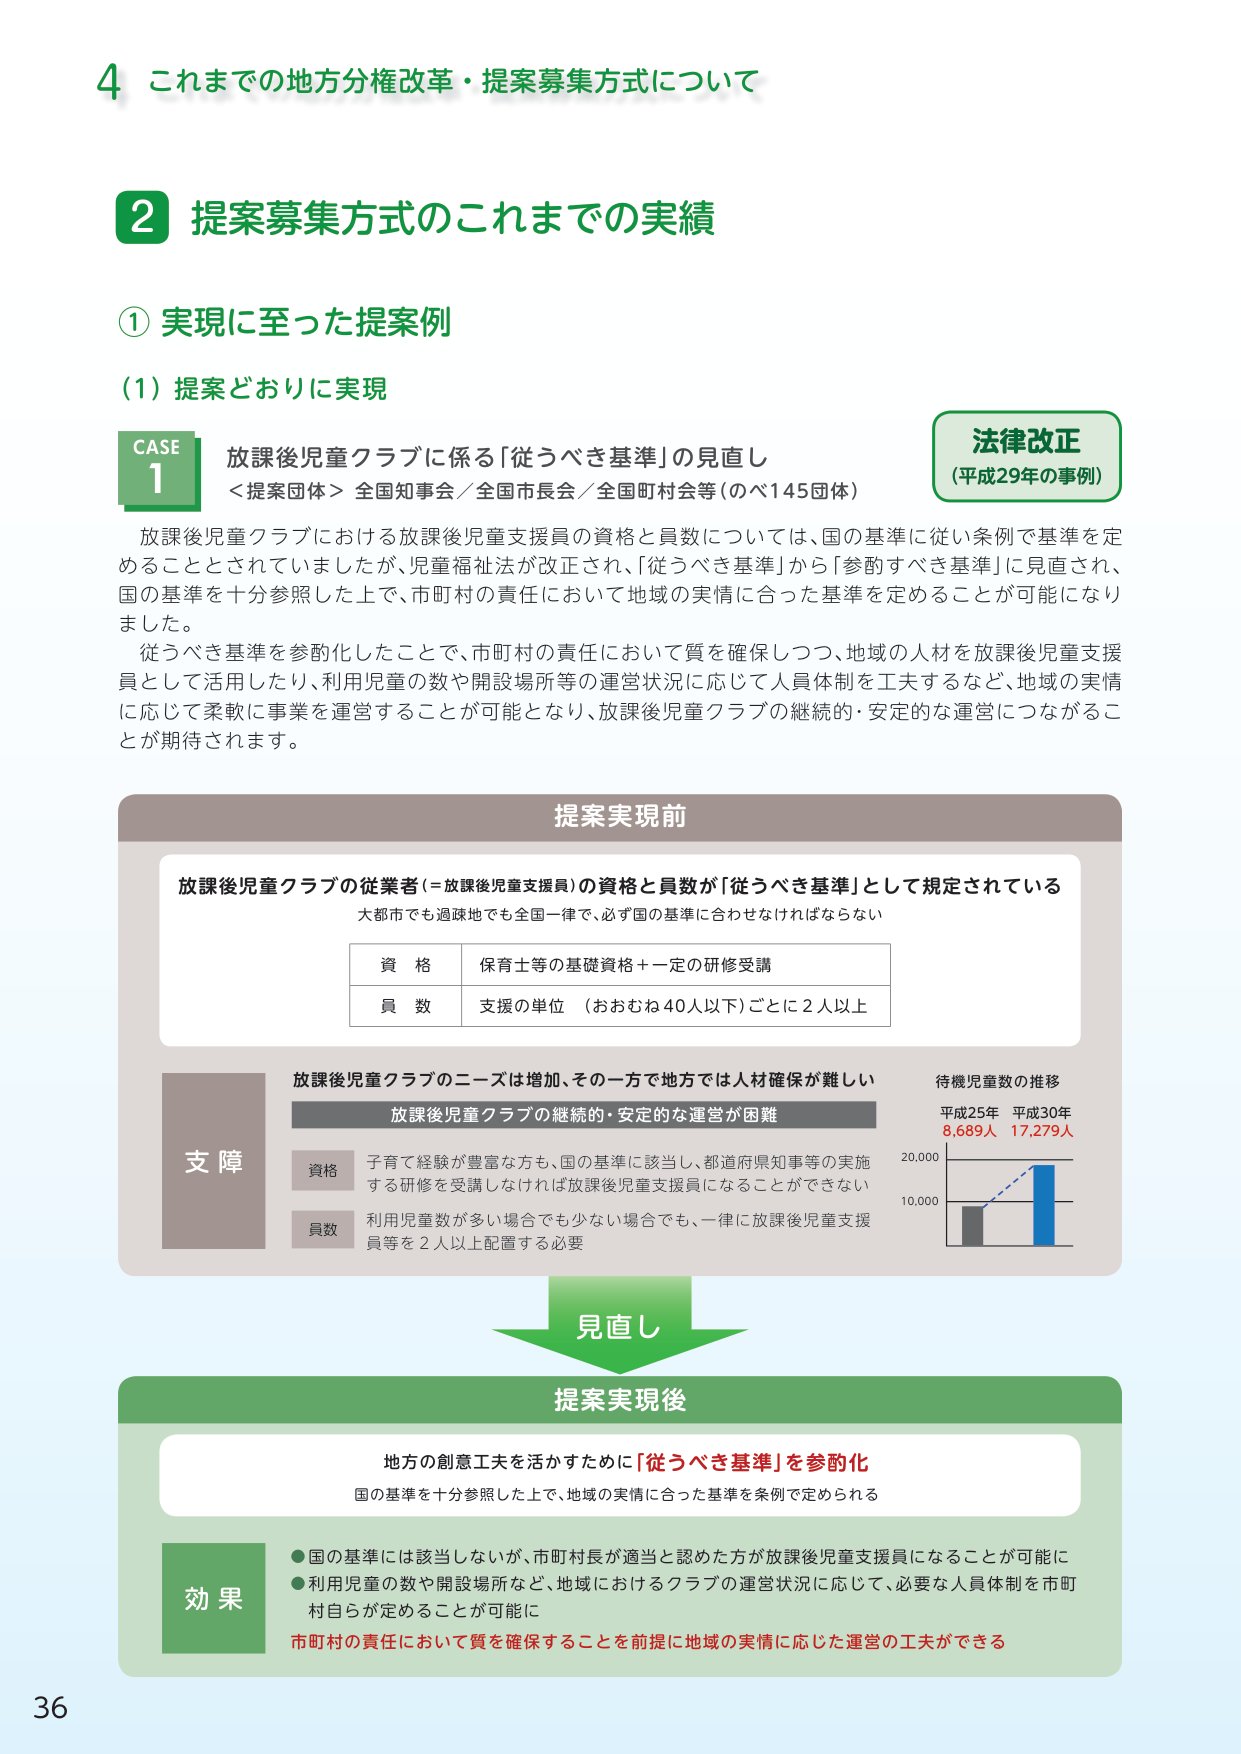
4 これまでの地方分権改革・提案募集方式について

2 提案募集方式のこれまでの実績

① 実現に至った提案例

(1) 提案どおりに実現

CASE 1 放課後児童クラブに係る「従うべき基準」の見直し
＜提案団体＞ 全国知事会／全国市長会／全国町村会等（のべ145団体）

放課後児童クラブにおける放課後児童支援員の資格と員数については、国の基準に従い条例で基準を定めることとされていましたが、児童福祉法が改正され、「従うべき基準」から「参酌すべき基準」に見直され、国の基準を十分参照した上で、市町村の責任において地域の実情に合った基準を定めることが可能になりました。

従うべき基準を参酌化したことで、市町村の責任において質を確保しつつ、地域の人材を放課後児童支援員として活用したり、利用児童の数や開設場所等の運営状況に応じて人員体制を工夫するなど、地域の実情に応じて柔軟に事業を運営することが可能となり、放課後児童クラブの継続的・安定的な運営につながることが期待されます。

法律改正
（平成29年の事例）

提案実現前

放課後児童クラブの従業者（＝放課後児童支援員）の資格と員数が「従うべき基準」として規定されている
大都市でも過疎地でも全国一律で、必ず国の基準に合わせなければならない

資格 保育士等の基礎資格＋一定の研修受講
員数 支援の単位 （おおむね40人以下）ごとに2人以上

支障
放課後児童クラブのニーズは増加、その一方で地方では人材確保が難しい
放課後児童クラブの継続的・安定的な運営が困難

資格 子育て経験が豊富な方も、国の基準に該当し、都道府県知事等の実施する研修を受講しなければ放課後児童支援員になることができない
員数 利用児童数が多い場合でも少ない場合でも、一律に放課後児童支援員等を2人以上配置する必要

待機児童数の推移
平成25年 8,689人
平成30年 17,279人
（グラフ：縦軸20,000、10,000、横軸平成25年、平成30年、棒グラフで平成25年が約8,700、平成30年が約17,300）

見直し

提案実現後

地方の創意工夫を活かすために「従うべき基準」を参酌化
国の基準を十分参照した上で、地域の実情に合った基準を条例で定められる

効果
●国の基準には該当しないが、市町村長が適当と認めた方が放課後児童支援員になることが可能に
●利用児童の数や開設場所など、地域におけるクラブの運営状況に応じて、必要な人員体制を市町村自らが定めることができる
市町村の責任において質を確保することを前提に地域の実情に応じた運営の工夫ができる

36